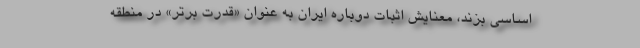
اساسی بزند، معنایش اثبات دوباره ایران به عنوان «قدرت برتر» در منطقه